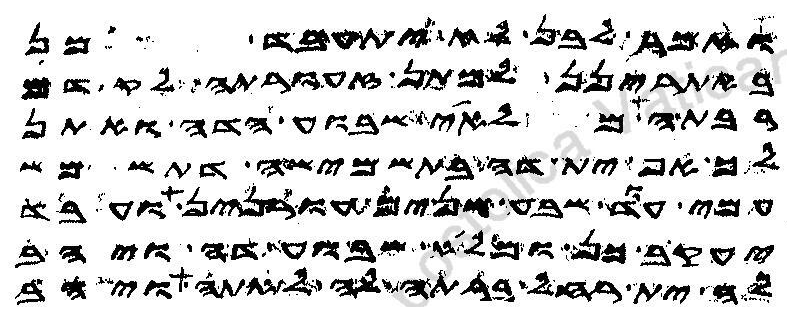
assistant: ואמר לבן לא יתעבד כן
באתרינן למתן זעורתה לקדם
רבתה מלאי שבוע הדה ואתן
לך אף ית דה בתשמישה דתשמש
עמי עוד שבע שנים עורנין ועבד
יעקב כן ומלי שבוע דה ויהב
לה ית רחל ברתה לה לאתה ויהב